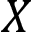
X